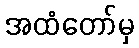
အထံတော်မှ